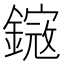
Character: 𨫕